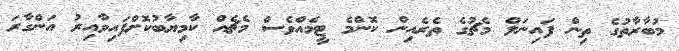
މުބާރާތުގެ ތިން ފައިނަލް މެޗުގެ ތެރެއިން ކޮންމެ ޓީމެއްވެސް މެޗެއް ކާމިޔާބުކޮށްފައިވާއިރު އަންގާރަ